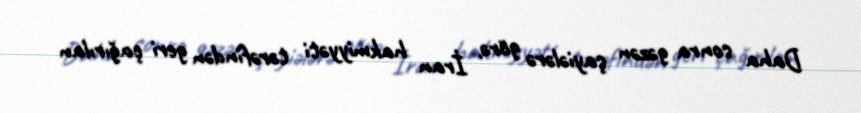
Daha sonra gəzən şayiələrə görə, İran hakmiyyəti tərəfindən geri çağırılan